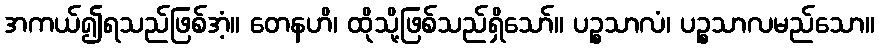
အကယ်၍ရသည်ဖြစ်အံ့။ တေနဟိ၊ ထိုသို့ဖြစ်သည်ရှိသော်။ ပဉ္စသာလံ၊ ပဉ္စသာလမည်သော။